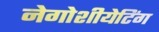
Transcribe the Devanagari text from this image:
नेगोशीयेटिंग